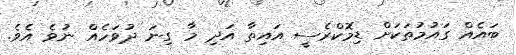
ބައެއް ގައުމުތަކަށް ޑިމޮކްރެސީ އައިތާ އަދި މާ ގިނަ ދުވަހެއް ނުވެ އެވެ.